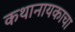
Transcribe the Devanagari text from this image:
कथानायकाचा